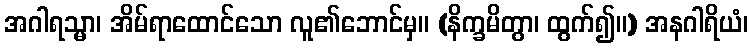
အဂါရသ္မာ၊ အိမ်ရာထောင်သော လူ၏ဘောင်မှ။ (နိက္ခမိတွာ၊ ထွက်၍။) အနဂါရိယံ၊